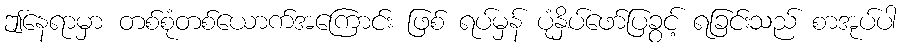
ဤနေရာမှာ တစ်စုံတစ်ယောက်အကြောင်း ဖြစ် ရပ်မှန် ပုံနှိပ်ဖော်ပြခွင့် ရခြင်းသည် စာအုပ်ပါ